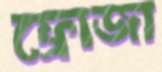
ফ্রোজা